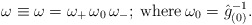
\begin{align*}\omega\equiv \omega=\omega _+\, \omega _0\,\omega _-;\> \hbox{where}\> \omega _0=\hat {g}_{(0)}^{-1}.\end{align*}